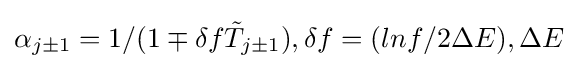
\alpha _{j\pm 1}=1/(1\mp \delta f{\tilde {T}}_{j\pm 1}),\delta f=(lnf/2\Delta E),\Delta E